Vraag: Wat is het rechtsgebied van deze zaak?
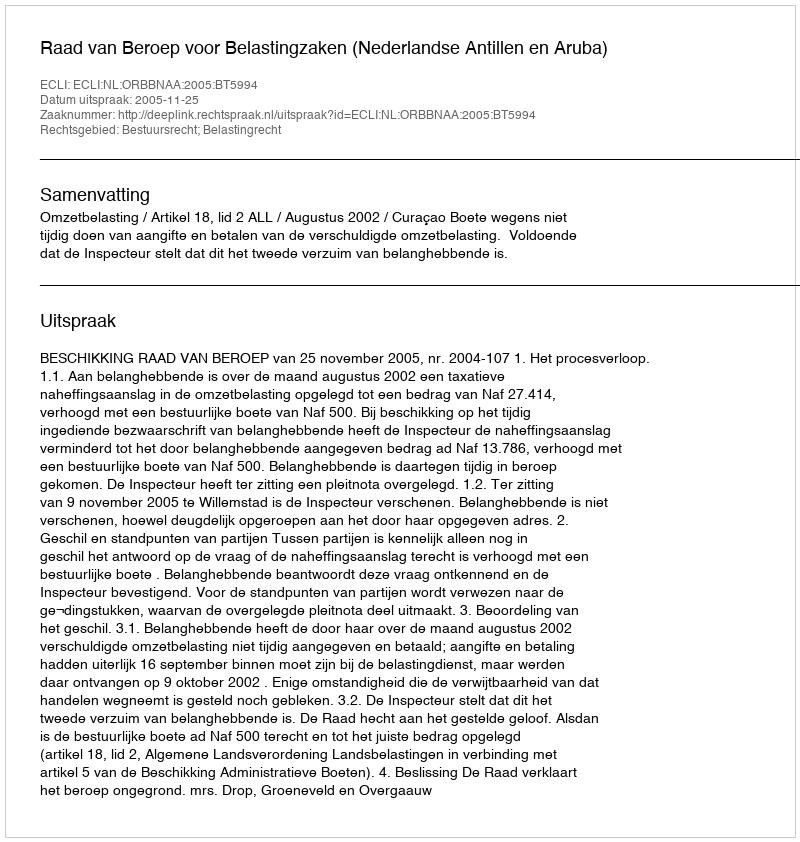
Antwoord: Bestuursrecht; Belastingrecht